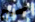
صحيح